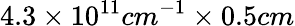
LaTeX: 4.3\times 10^{11}cm^{-1}\times 0.5cm